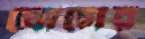
ঘোগের